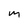
Character: m